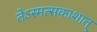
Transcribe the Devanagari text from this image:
तेऽस्मत्सकाशात्